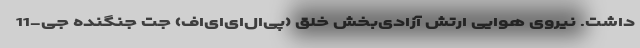
داشت. نیروی هوایی ارتش آزادی‌بخش خلق (پی‌ال‌ای‌ای‌اف) جت جنگنده جی-11